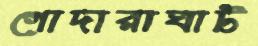
গোদারাঘাট